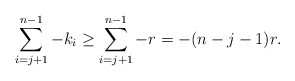
\begin{align*}\sum\limits_{i =j+1}^{n-1}-k_i \geq \sum\limits_{i =j +1}^{n-1} -r = -(n-j-1)r.\end{align*}